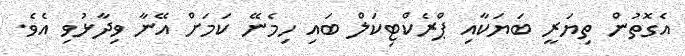
އެގޮތުން ތިޔަރީ ބަޔަކާއި ޕްރެކްޓިކަލް ބައި ހިމެނޭ ކަމަށް އޭނާ ވިދާޅުވި އެވެ.